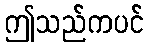
ဤသည်ကပင်